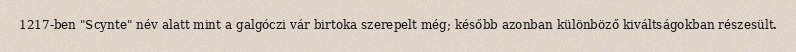
1217-ben "Scynte" név alatt mint a galgóczi vár birtoka szerepelt még; később azonban különböző kiváltságokban részesült.